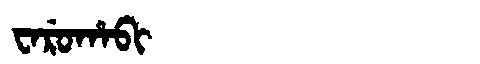
Manchu: ᠸᠠᡵᡠᡥᠠᠪᡳ
Romanization: WARUHABI